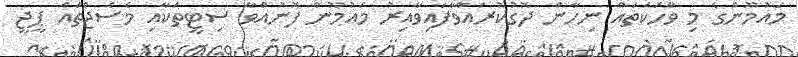
މައުމޫންގެ މި ވާހަކަތައް ނިހާން ދޮގުކުރައްވާފައިވާއިރު މައުމޫން ފޮނުއްވާ ސިޓީތަކާއި މެސެޖްތައް ޕީޖީ